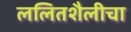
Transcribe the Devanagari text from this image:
ललितशैलीचा